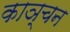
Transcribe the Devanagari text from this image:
काञ्चन